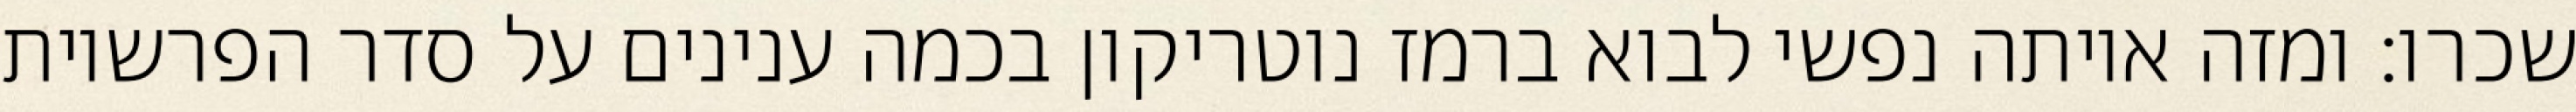
שכרו: ומזה איותה נפשי לבוא ברמז נוטריקון בכמה ענינים על סדר הפרשיות